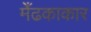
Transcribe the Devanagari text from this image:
मेँढकाकार